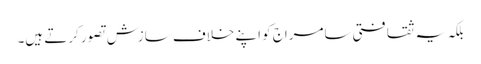
بلکہ یہ ثقافتی سامراج کو اپنے خلاف سازش تصور کرتے ہیں۔